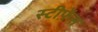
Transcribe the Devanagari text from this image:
स्टीफ़ेंस